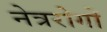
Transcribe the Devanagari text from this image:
नेत्ररोगों